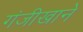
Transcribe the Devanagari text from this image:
गंजीखाने